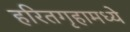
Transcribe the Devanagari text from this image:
हरितगृहामध्ये